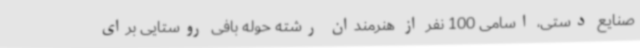
صنایع دستی، اسامی 100 نفر از هنرمندان رشته حوله بافی روستایی برای